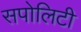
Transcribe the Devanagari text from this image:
सपोलिटी